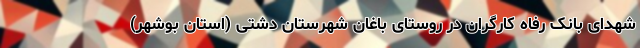
شهدای بانک رفاه کارگران در روستای باغان شهرستان دشتی (استان بوشهر)